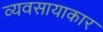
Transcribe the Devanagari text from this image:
व्यवसायाकार